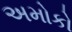
અમોકો